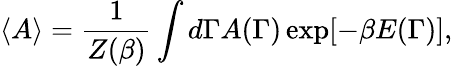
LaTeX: \langle A\rangle={\frac{1}{Z(\beta)}}\int d\Gamma A(\Gamma)\exp[-\beta E(\Gamma)],